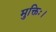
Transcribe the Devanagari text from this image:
मुक्तिः।